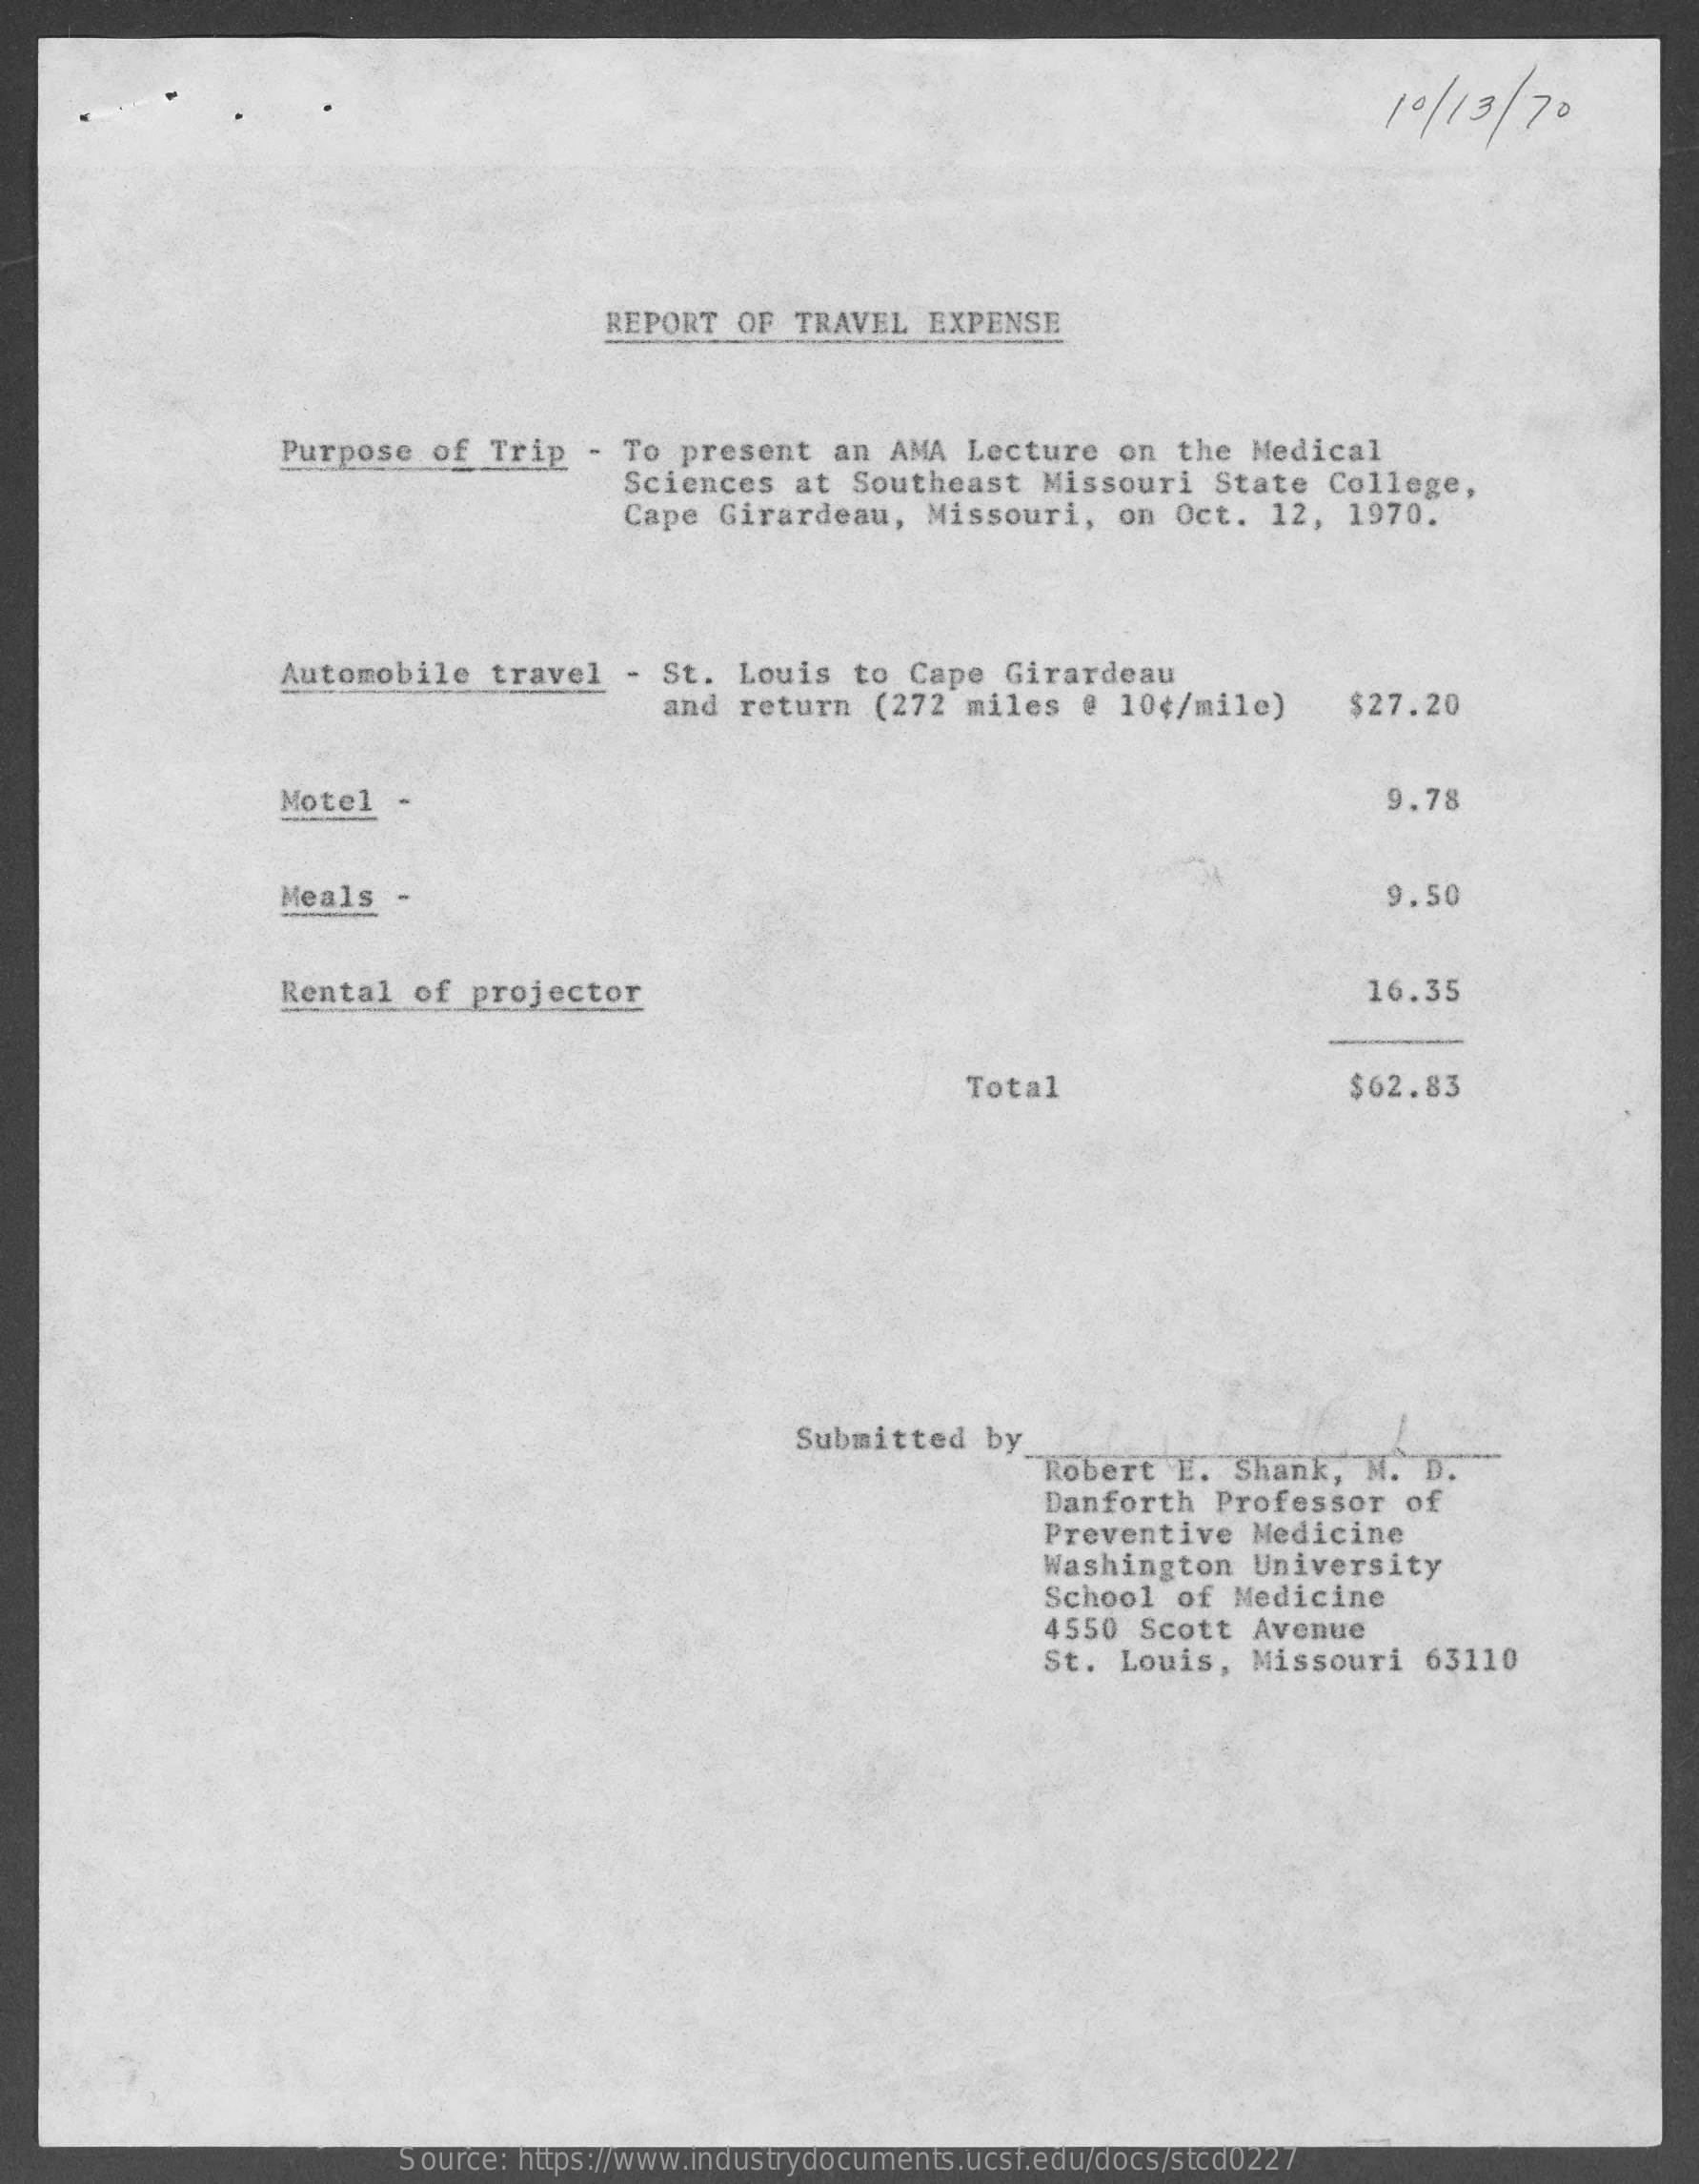
10/ 13 / 70
     REPORT  OF  TRAVEL   EXPENSE
     Purpose  of  Trip   - To  present   an AMA  Lecture   on  the  Medical
     Sciences   at  Southeast   Missouri    State  College,
     Cape  Girardeau,    Missouri,    on Oct.   12,  1970.
     Automobile   travel   - St.  Louis   to  Cape  Girardeau
     and  return  (272  miles   @  10¢/mile)    $27.20
     Motel  -    9.78
     Meals  -    9.50
     Rental  of  projector    16.35
     Total    $62.83
     Submitted    by
     Robert   E.  Shank,   M.  D.
     Danforth   Professor   of
     Preventive   Medicine
     Washington   University
     School  of  Medicine
     4550  Scott  Avenue
     St. Louis,   Missouri    63110
     Source: https://www.industrydocuments.ucsf.edu/docs/stcd0227